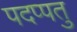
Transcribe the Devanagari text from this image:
पदप्पतु